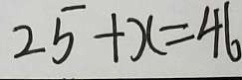
2 5 + x = 4 6